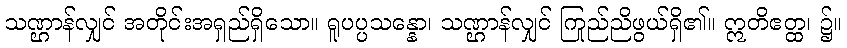
သဏ္ဌာန်လျှင် အတိုင်းအရှည်ရှိသော။ ရူပပ္ပသန္နော၊ သဏ္ဌာန်လျှင် ကြည်ညိုဖွယ်ရှိ၏။ ဣတိဧတ္ထ၊ ၌။